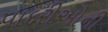
પાદરીઓની